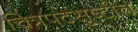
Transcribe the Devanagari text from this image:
चित्रपटसूष्टीत